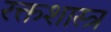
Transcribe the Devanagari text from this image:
रक्तशास्त्र